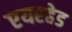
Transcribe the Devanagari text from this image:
एयरहेड